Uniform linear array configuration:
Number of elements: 64
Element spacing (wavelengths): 0.75
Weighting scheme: blackman
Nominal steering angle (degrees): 30
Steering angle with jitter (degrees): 28.276
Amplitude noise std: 0.05
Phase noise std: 0.05

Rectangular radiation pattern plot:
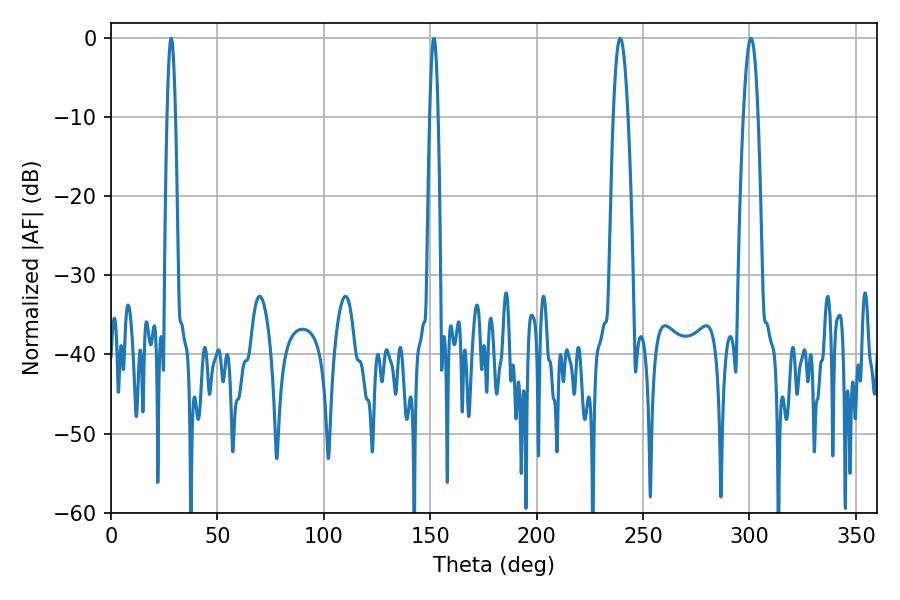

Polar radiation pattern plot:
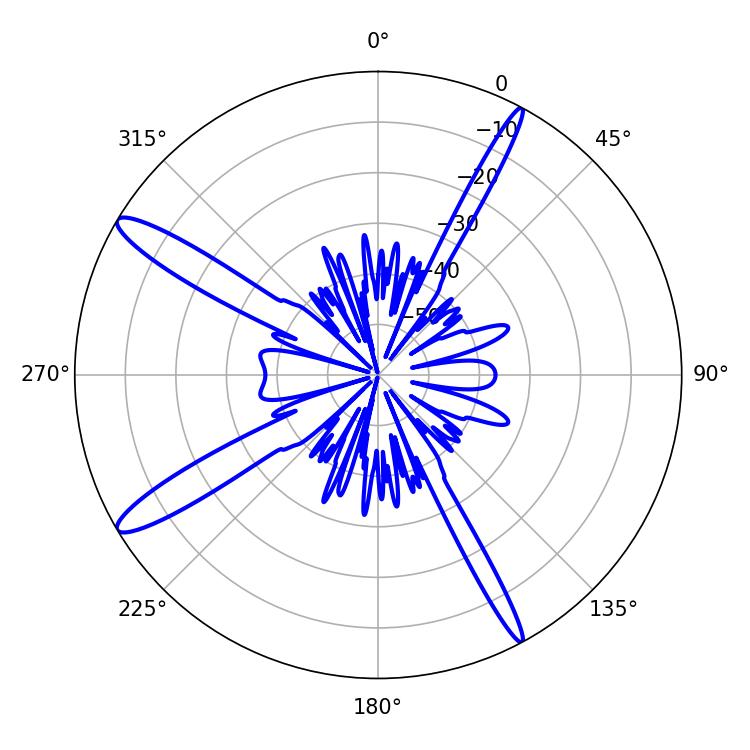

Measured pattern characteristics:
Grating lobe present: TRUE
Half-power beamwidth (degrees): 2.16
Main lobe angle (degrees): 28.26